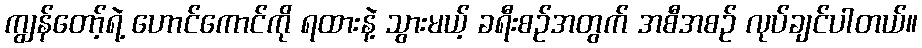
ကျွန်တော့်ရဲ့ ဟောင်ကောင်ကို ရထားနဲ့ သွားမယ့် ခရီးစဉ်အတွက် အစီအစဉ် လုပ်ချင်ပါတယ်။